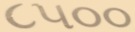
૮૫૦૦